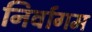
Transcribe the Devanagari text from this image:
निर्वागम